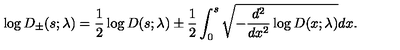
\log D _ { \pm } ( s ; \lambda ) = { \frac { 1 } { 2 } } \log D ( s ; \lambda ) \pm { \frac { 1 } { 2 } } \int _ { 0 } ^ { s } \sqrt { - { \frac { d ^ { 2 } } { d x ^ { 2 } } } \log D ( x ; \lambda ) } d x .